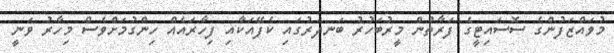
މުވައްޒަފުންގެ ސޮސައިޓީގެ ފަރާތުން މީރުބަހުރު ބަނދަރުގައި ކެފޭއަކާއި ފިހާރައެއް ހިންގުމަށްވެސް މިހާރު ވަނީ